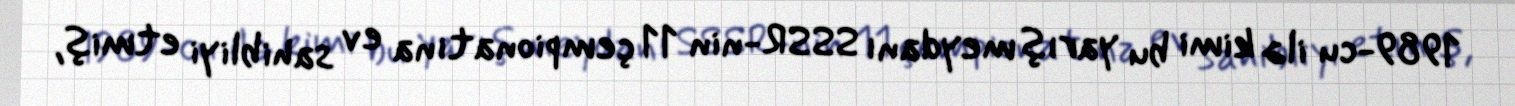
1989-cu ilə kimi bu yarış meydanı SSSR-nin 11 çempionatına ev sahibliyi etmiş,